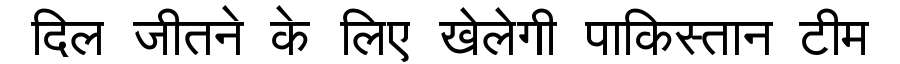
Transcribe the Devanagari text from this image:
दिल जीतने के लिए खेलेगी पाकिस्तान टीम